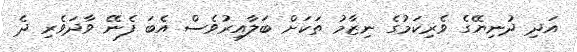
އަދި ދުނިޔޭގެ ވެރިކަމުގެ ނިޒާމު ތަކަށް ބަލާއިރުވެސް އެބަ ފެނޭ ވާދަވެރި ދެ